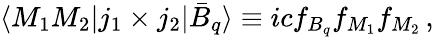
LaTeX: \langle M_{1}M_{2}|j_{1}\times j_{2}|\bar{B}_{q}\rangle\equiv icf_{B_{q}}f_{M_{1}}f_{M_{2}}\, ,